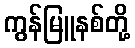
ကွန်မြူနစ်တို့